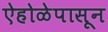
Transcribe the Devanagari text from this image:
ऐहोळेपासून